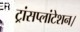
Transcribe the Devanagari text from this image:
ट्रांसप्लांटेशन।